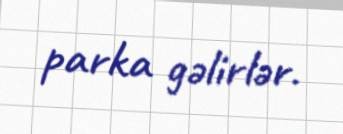
parka gəlirlər.